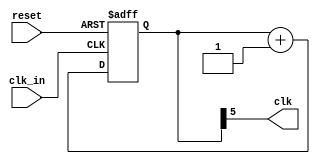
module clk_div 
  #( parameter DIV = 5 )
  (  input clk_in, 
     input reset,
     output clk ); 
   
   reg [5:0] cc_reg; 

   assign clk = cc_reg[DIV]; 
   
   always @(posedge clk_in , negedge reset)
   begin
       if (!reset)
         cc_reg <= 0;
       else
         cc_reg <= cc_reg + 6'h01;
   end
endmodule